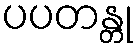
ပပတန္တု